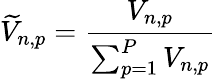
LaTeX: \widetilde{V}_{n,p}=\frac{V_{n,p}}{\sum_{p=1}^{P}V_{n,p}}